Sketch of the medical history of the native army of Bombay, for the year
Year: 1872
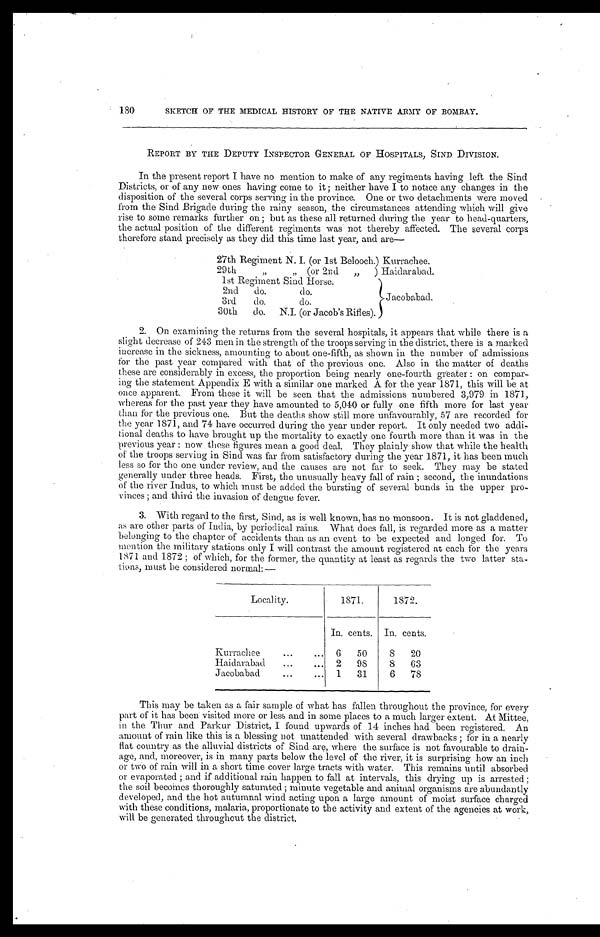
180SKETCH OF THE MEDICAL HISTORY OF THE NATIVE ARMY OF BOMBAY.
REPORT BY THE DEPUTY INSPECTOR GENERAL OF HOSPITALS, SIND DIVISION.
In the present report I have no mention to make of any regiments having left the Sind
Districts, or of any new ones having come to it; neither have I to notice any changes in the
disposition of the several corps serving in the province. One or two detachments were moved
from the Sind Brigade during the rainy season, the circumstances attending which will give
rise to some remarks further on; but as these all returned during the year to head-quarters,
the actual position of the different regiments was not thereby affected. The several corps
therefore stand precisely as they did this time last year, and are
—
27th Regiment N. I. (or 1st Belooch.) Kurrachee.
29th " " (or 2nd) Haidarabad.
1st Regiment Sind Horse.
Jacobabad.
2nd do. do.
3rd do.do.
30th do. N.I. (or Jacob's Rifles).
2. On examining the returns from the several hospitals, it appears that while there is a
slight decrease of 243 men in the strength of the troops serving in the district, there is a marked
increase in the sickness, amounting to about one-fifth, as shown in the number of admissions
for the past year compared with that of the previous one. Also in the matter of deaths
these are considerably in excess, the proportion being nearly one-fourth greater: on compar
-ing the statement Appendix E with a similar one marked A for the year 1871, this will be at
once apparent. From these it will be seen that the admissions numbered 3,979 in 1871,
whereas for the past year they have amounted to 5,040 or fully one fifth more for last year
than for the previous one. But the deaths show still more unfavourably, 57 are recorded for
the year 1871, and 74 have occurred during the year under report. It only needed two addi-
tional deaths to have brought up the mortality to exactly one fourth more than it was in the
previous year: now these figures mean a good deal. They plainly show that while the health
of the troops serving in Sind was far from satisfactory during the year 1871, it has been much
less so for the one under review, and the causes are not far to seek. They may be stated
generally under three heads. First, the unusually heavy fall of rain; second, the inundations
of the river Indus, to which must be added the bursting of several bunds in the upper pro
-vinces; and third the invasion of dengue fever.
3. With regard to the first, Sind, as is well known, has no monsoon. It is not gladdened,
as are other parts of India, by periodical rains. What does fall, is regarded more as a matter
belonging to the chapter of accidents than as an event to be expected and longed for. To
mention the military stations only I will contrast the amount registered at each for the years
1871 and 1872; of which, for the former, the quantity at least as regards the two latter sta
-tions, must be considered normal:—
Locality.
1871.
1872.
In. cents.
In. cents.
Kurrachee . . .
6
50
8
20
Haidarabad . . .
2
98
8
63
Jacobabad . . .
1
31
6
78
This may be taken as a fair sample of what has fallen throughout the province, for every
part of it has been visited more or less and in some places to a much larger extent. At Mittee,
in the Thur and Parkur District, I found upwards of 14 inches had been registered. An
amount of rain like this is a blessing not unattended with several drawbacks; for in a nearly
flat country as the alluvial districts of Sind are, where the surface is not favourable to drain-
age and, moreover, is in many parts below the level of the river, it is surprising how an inch
or two of rain will in a short time cover large tracts with water. This remains until absorbed
or evaporated; and if additional rain happen to fall at intervals, this drying up is arrested;
the soil becomes thoroughly saturated; minute vegetable and animal organisms are abundantly
developed, and the hot autumnal wind acting upon a large amount of moist surface charged
with these conditions, malaria, proportionate to the activity and extent of the agencies at work,
will be generated throughout the district.